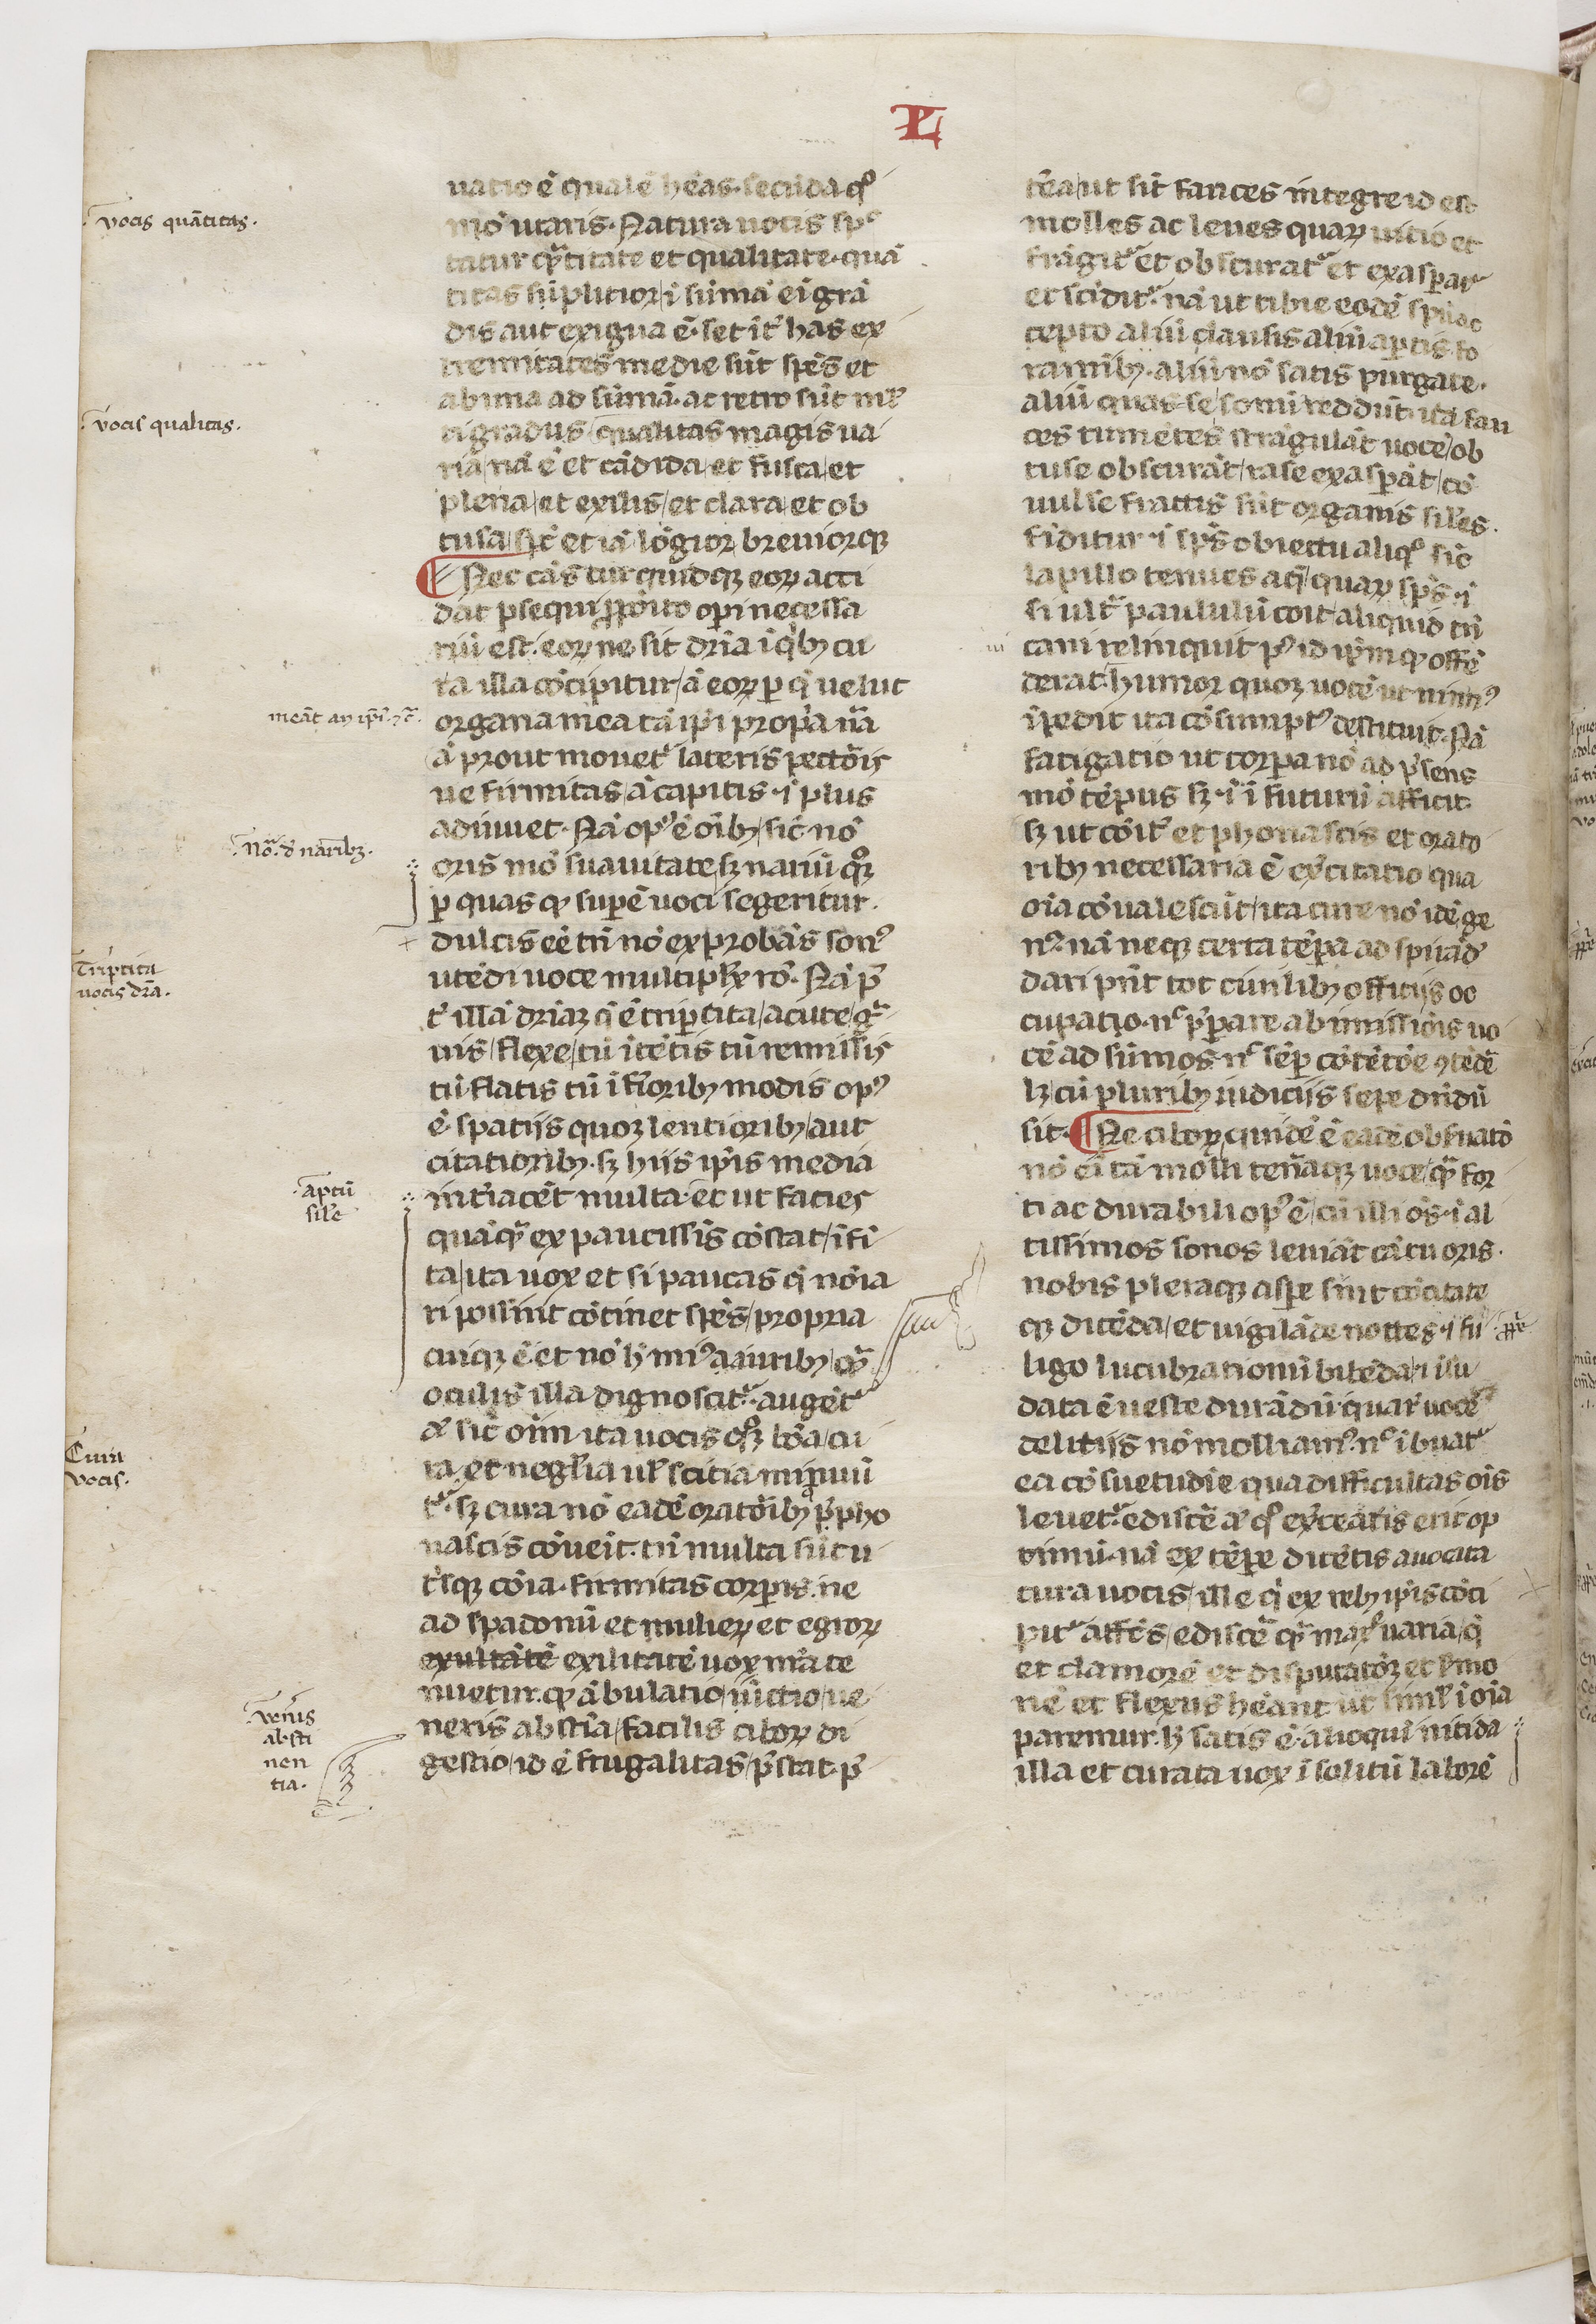
Shelfmark: Paris, BnF, lat. 7720
Century: 14